Report of the Indian Hemp Drugs Commission, 1894-1895 - Volume V
Year: 1894
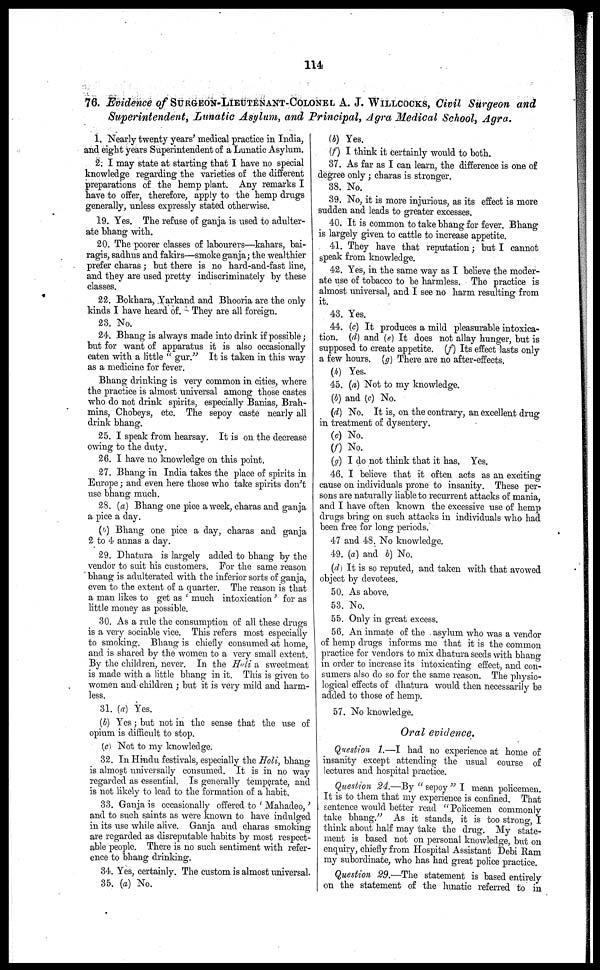
114
76. Evidence of SURGEON-LIEUTENANT-COLONEL A. J. WILLCOCKS, Civil Surgeon and
Superintendent, Lunatic Asylum, and Principal, Agra Medical School, Agra.
1. Nearly twenty years' medical practice in India,
and eight years Superintendent of a Lunatic Asylum.
2. I may state at starting that I have no special
knowledge regarding the varieties of the different
preparations of the hemp plant. Any remarks I
have to offer, therefore, apply to the hemp drugs
generally, unless expressly stated otherwise.
19. Yes. The refuse of ganja is used to adulter-
ate bhang with.
20. The poorer classes of labourers—kahars, bai-
ragis, sadhus and fakirs—smoke ganja; the wealthier
prefer charas; but there is no hard-and-fast line,
and they are used pretty indiscriminately by these
classes.
22. Bokhara, Yarkand and Bhooria are the only
kinds I have heard of. They are all foreign.
23. No.
24. Bhang is always made into drink if possible;
but for want of apparatus it is also occasionally
eaten with a little " gur." It is taken in this way
as a medicine for fever.
Bhang drinking is very common in cities, where
the practice is almost universal among those castes
who do not drink spirits, especially Banias, Brah-
mins, Chobeys, etc. The sepoy caste nearly all
drink bhang.
25. I speak from hearsay. It is on the decrease
owing to the duty.
26. I have no knowledge on this point.
27. Bhang in India takes the place of spirits in
Europe; and even here those who take spirits don't
use bhang much.
28. (a) Bhang one pice a week, charas and ganja
a pice a day.
(b) Bhang one pice a day, charas and ganja
2 to 4 annas a day.
29. Dhatura is largely added to bhang by the
vendor to suit his customers. For the same reason
bhang is adulterated with the inferior sorts of ganja,
even to the extent of a quarter. The reason is that
a man likes to get as ' much intoxication' for as
little money as possible.
30. As a rule the consumption of all these drugs
is a very sociable vice. This refers most especially
to smoking. Bhang is chiefly consumed at home,
and is shared by the women to a very small extent.
By the children, never. In the Holi a sweetmeat
is made with a little bhang in it. This is given to
women and children ; but it is very mild and harm-
less.
31. la) Yes.
(b) Yes; but not in the sense that the use of
opium is difficult to stop.
(c) Not to my knowledge.
32. In Hindu festivals, especially the Holi, bhang
is almost universally consumed. It is in no way
regarded as essential. Is generally temperate, and
is not likely to lead to the formation of a habit.
33. Ganja is occasionally offered to ' Mahadeo,'
and to such saints as were known to have indulged
in its use while alive. Ganja and charas smoking
are regarded as disreputable habits by most respect-
able people. There is no such sentiment with refer-
ence to bhang drinking.
34. Yes, certainly. The custom is almost universal.
35. (a) No.
(b) Yes.
(f) I think it certainly would to both.
37. As far as I can learn, the difference is one of
degree only ; charas is stronger.
38. No.
39. No, it is more injurious, as its effect is more
sudden and leads to greater excesses.
40. It is common to take bhang for fever. Bhang
is largely given to cattle to increase appetite.
41. They have that reputation; but I cannot
speak from knowledge.
42. Yes, in the same way as I believe the moder-
ate use of tobacco to be harmless. The practice is
almost universal, and I see no harm resulting from
it.
43. Yes.
44. (c) It produces a mild pleasurable intoxica-
tion. (d) and (e) It does not allay hunger, but is
supposed to create appetite. (f) Its effect lasts only
a few hours. (g) There are no after-effects.
(h) Yes.
45. (a) Not to my knowledge.
(b) and (c) No.
(d) No. It is, on the contrary, an excellent drug
in treatment of dysentery.
(c) No.
(f) No.
(g) I do not think that it has. Yes.
46. I believe that it often acts as an exciting
cause on individuals prone to insanity. These per-
sons are naturally liable to recurrent attacks of mania,
and I have often known the excessive use of hemp
drugs bring on such attacks in individuals who had
been free for long periods.
47 and 4S. No knowledge.
49. (a) and b) No.
(d) It is so reputed, and taken with that avowed
object by devotees.
50. As above.
53. No.
55. Only in great excess.
56. An inmate of the asylum who was a vendor
of hemp drugs informs me that it is the common
practice for vendors to mix dhatura seeds with bhang
in order to increase its intoxicating effect, and con-
sumers also do so for the same reason. The physio-
logical effects of dhatura would then necessarily be
added to those of hemp.
57. No knowledge.
Oral evidence.
Question 1.—I had no experience at home of
insanity except attending the usual course of
lectures and hospital practice.
Question 24.—By " sepoy " I mean policemen.
It is to them that my experience is confined. That
sentence would better read " Policemen commonly
take bhang." As it stands, it is too strong, I
think about half may take the drug. My state-
ment is based not on personal knowledge, but on
enquiry, chiefly from Hospital Assistant Debi Ram
my subordinate, who has had great police practice.
Question 29.—The statement is based entirely
on the statement of the lunatic referred to in